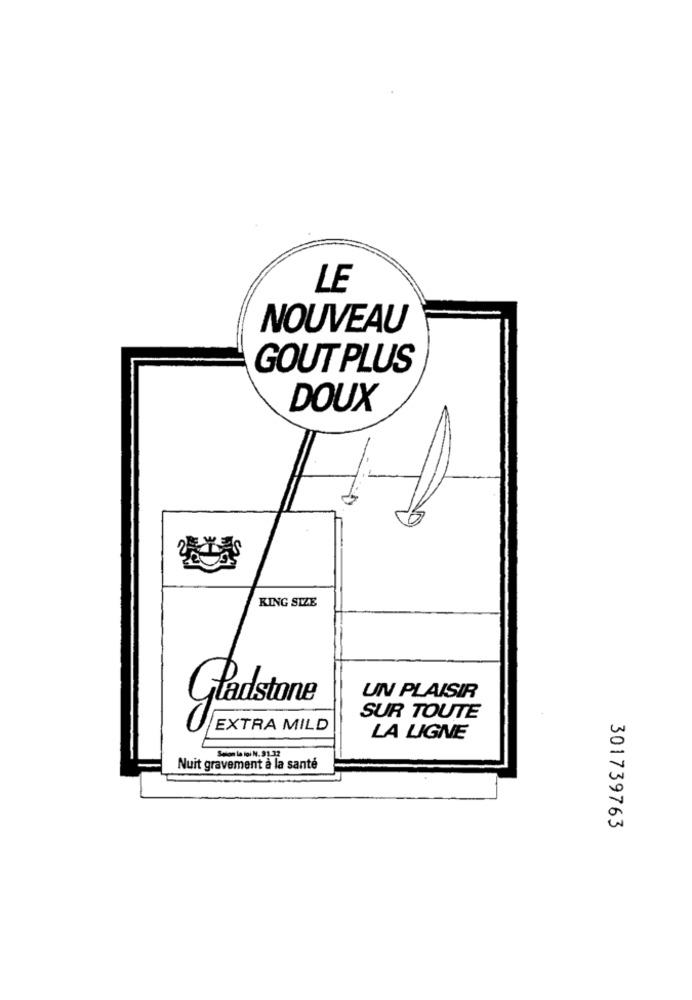
LE
NOUVEAU
GOUT PLUS
DOUX
KING SIZE
UN PLAISIR
Gladstone
SUR TOUTE
EXTRA MILD
LA LIGNE
Selon la loi N. 91-32
Nuit gravement à la santé
301739763